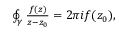
\begin{array} { r } { \oint _ { \gamma } \frac { f ( z ) } { z - z _ { 0 } } = 2 \pi i f ( z _ { 0 } ) , } \end{array}